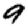
Digit: 9